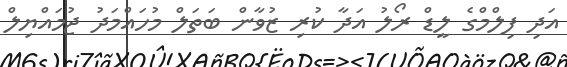
އަދި ފިލްމްގެ ލީޑް ރޯލު އަދާ ކުރި ޒުވާން ބަތަލް މުހައްމަދު ޖުމައްޔިލް